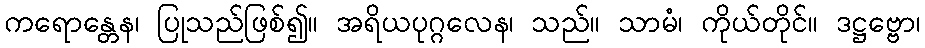
ကရောန္တေန၊ ပြုသည်ဖြစ်၍။ အရိယပုဂ္ဂလေန၊ သည်။ သာမံ၊ ကိုယ်တိုင်။ ဒဋ္ဌဗ္ဗော၊